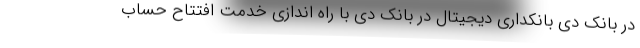
در بانک دی بانکداری دیجیتال در بانک دی با راه اندازی خدمت افتتاح حساب